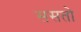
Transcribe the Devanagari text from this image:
ससतो